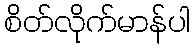
စိတ်လိုက်မာန်ပါ